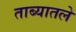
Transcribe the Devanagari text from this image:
ताब्यातले